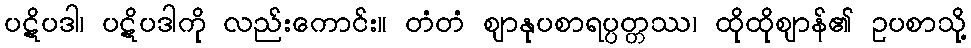
ပဋိပဒါ၊ ပဋိပဒါကို လည်းကောင်း။ တံတံ ဈာနုပစာရပ္ပတ္တဿ၊ ထိုထိုဈာန်၏ ဥပစာသို့